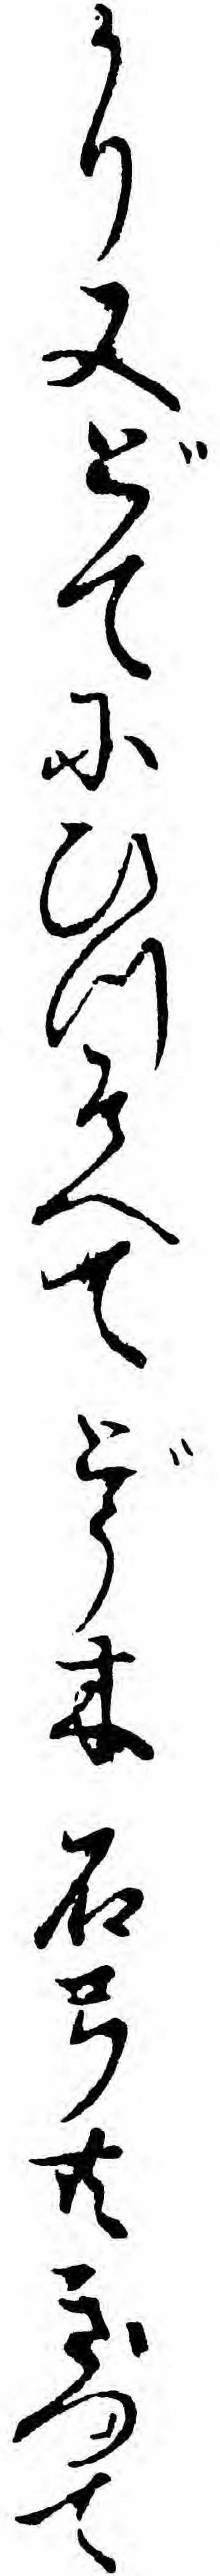
かり又どてにひつそへてどう木石弓共きつて